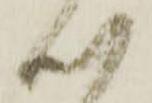
心